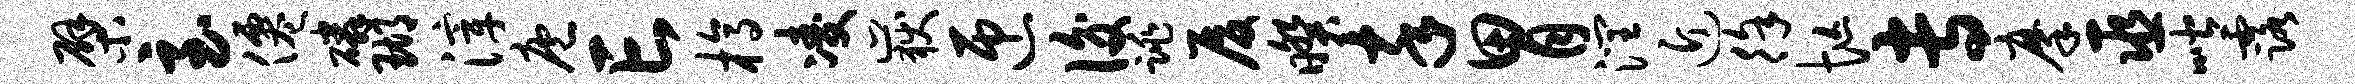
檗至仙磷瑚滓庖亡槁凌岳匝后跳厦暌卒胃润近徐忙专摩巫喈露